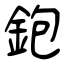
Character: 鉋